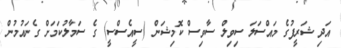
އަދި ޝަރީފުގެ މައްސަލަ ސިވިލް ސާވިސް ކޮމިޝަން (ސީއެސްސީ) ގެ ސަމާލުކަމަށް ގެނައުމުން